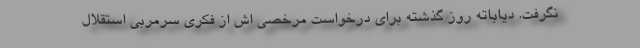
نگرفت. دیاباته روز گذشته برای درخواست مرخصی اش از فکری سرمربی استقلال